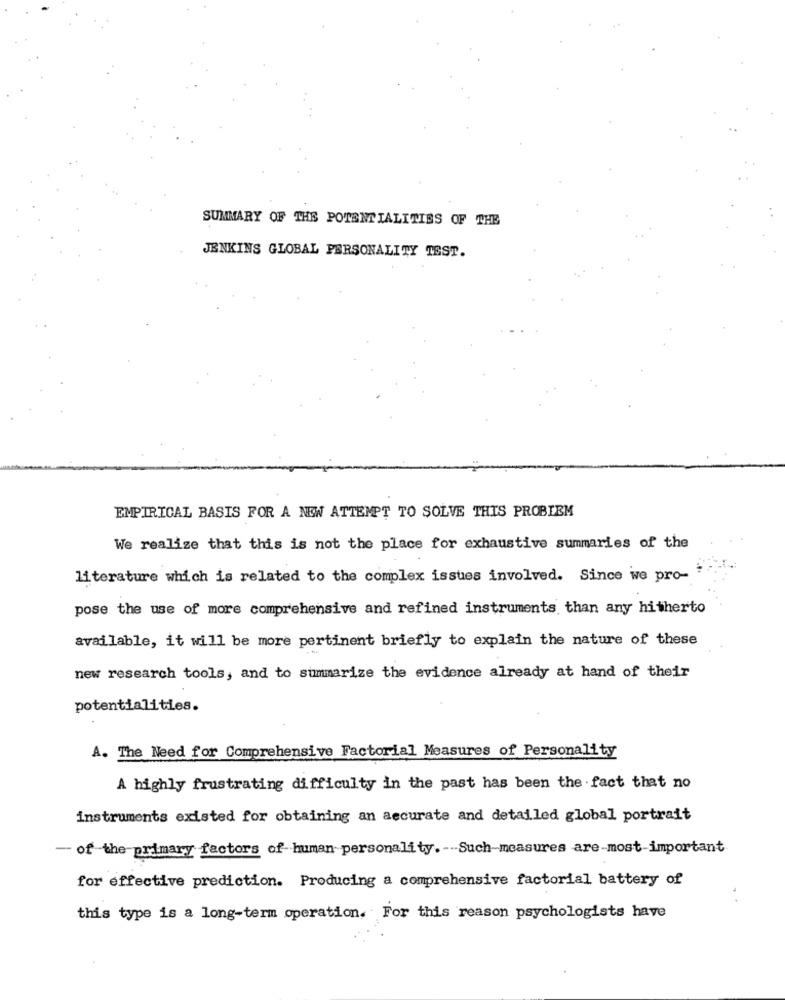
SUMMARY OF THE POTENTIALITIES OF THE
JENKINS GLOBAL PERSONALITY TEST.
EMPIRICAL BASIS FOR A NEW ATTEMPT TO SOLVE THIS PROBLEM
We realize that this is not the place for exhaustive summaries of the
literature which is related to the complex issues involved. Since we pro-
pose the use of more comprehensive and refined instruments than any hitherto
available, it will be more pertinent briefly to explain the nature of these
new research tools, and to summarize the evidence already at hand of their
potentialities.
A. The Need for Comprehensive Factorial Measures of Personality
A highly frustrating difficulty in the past has been the fact that no
instruments existed for obtaining an accurate and detailed global portrait
- of the primary factors of human personality. -- Such-measures are-most important
for effective prediction. Producing a comprehensive factorial battery of
this type is a long-term operation. For this reason psychologists have